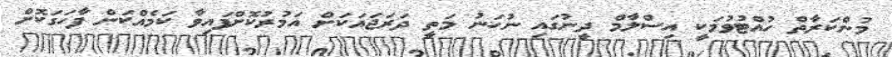
މުންކަރާތް ހުއްޓުވުމަކީ އިސްލާމް ދީނުގައި ނުހަނު މަތީ ދަރަޖައަކަށް އަމުރުކޮށްފައިވާ ކަމެއްކަން ފާހަގަކޮށް